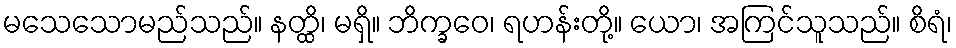
မသေသောမည်သည်။ နတ္ထိ၊ မရှိ။ ဘိက္ခဝေ၊ ရဟန်းတို့။ ယော၊ အကြင်သူသည်။ စိရံ၊